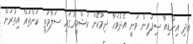
އަދި އިންޑިއާ ސިފައިން ވަނީ އެދުވަހާ ދިމާކޮށް ކަޝްމީރުގައި ސަލާމަތީ ކަންތައް އިތުރަށް